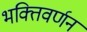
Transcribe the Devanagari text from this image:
भक्तिवर्णन